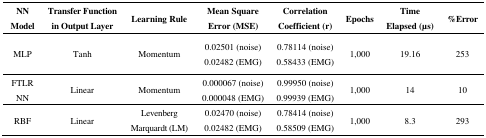
<table><thead><tr><td><b>NN Model</b></td><td><b>Transfer Function in Output Layer</b></td><td><b>Learning Rule</b></td><td><b>Mean Square Error (MSE)</b></td><td><b>Correlation Coefficient (r)</b></td><td><b>Epochs</b></td><td><b>Time Elapsed (μs)</b></td><td><b>%Error</b></td></tr></thead><tbody><tr><td rowspan="2">MLP</td><td rowspan="2">Tanh</td><td rowspan="2">Momentum</td><td>0.02501 (noise)</td><td>0.78114 (noise)</td><td rowspan="2">1,000</td><td rowspan="2">19.16</td><td rowspan="2">253</td></tr><tr><td>0.02482 (EMG)</td><td>0.58433 (EMG)</td></tr><tr><td rowspan="2">FTLRNN</td><td rowspan="2">Linear</td><td rowspan="2">Momentum</td><td>0.000067 (noise)</td><td>0.99950 (noise)</td><td rowspan="2">1,000</td><td rowspan="2">14</td><td rowspan="2">10</td></tr><tr><td>0.000048 (EMG)</td><td>0.99939 (EMG)</td></tr><tr><td rowspan="2">RBF</td><td rowspan="2">Linear</td><td rowspan="2">Levenberg Marquardt (LM)</td><td>0.02470 (noise)</td><td>0.78414 (noise)</td><td rowspan="2">1,000</td><td rowspan="2">8.3</td><td rowspan="2">293</td></tr><tr><td>0.02482 (EMG)</td><td>0.58509 (EMG)</td></tr></tbody></table>